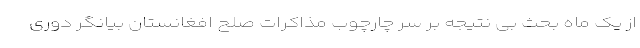
از یک ماه بحث بی نتیجه بر سر چارچوب مذاکرات صلح افغانستان بیانگر دوری